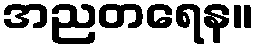
အညတရေန။